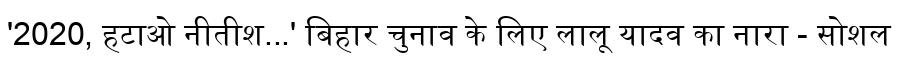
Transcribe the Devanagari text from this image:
'2020, हटाओ नीतीश...' बिहार चुनाव के लिए लालू यादव का नारा - सोशल